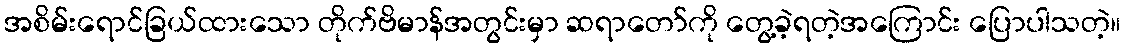
အစိမ်းရောင်ခြယ်ထားသော တိုက်ဗိမာန်အတွင်းမှာ ဆရာတော်ကို တွေ့ခဲ့ရတဲ့အကြောင်း ပြောပါသတဲ့။